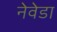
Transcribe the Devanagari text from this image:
नेवेडा